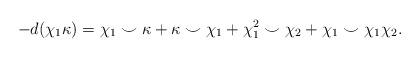
LaTeX: \begin{align*}-d(\chi_1\kappa) = \chi_1 \smile \kappa + \kappa \smile \chi_1 +\chi_1^2 \smile \chi_2 + \chi_1 \smile \chi_1\chi_2.\end{align*}